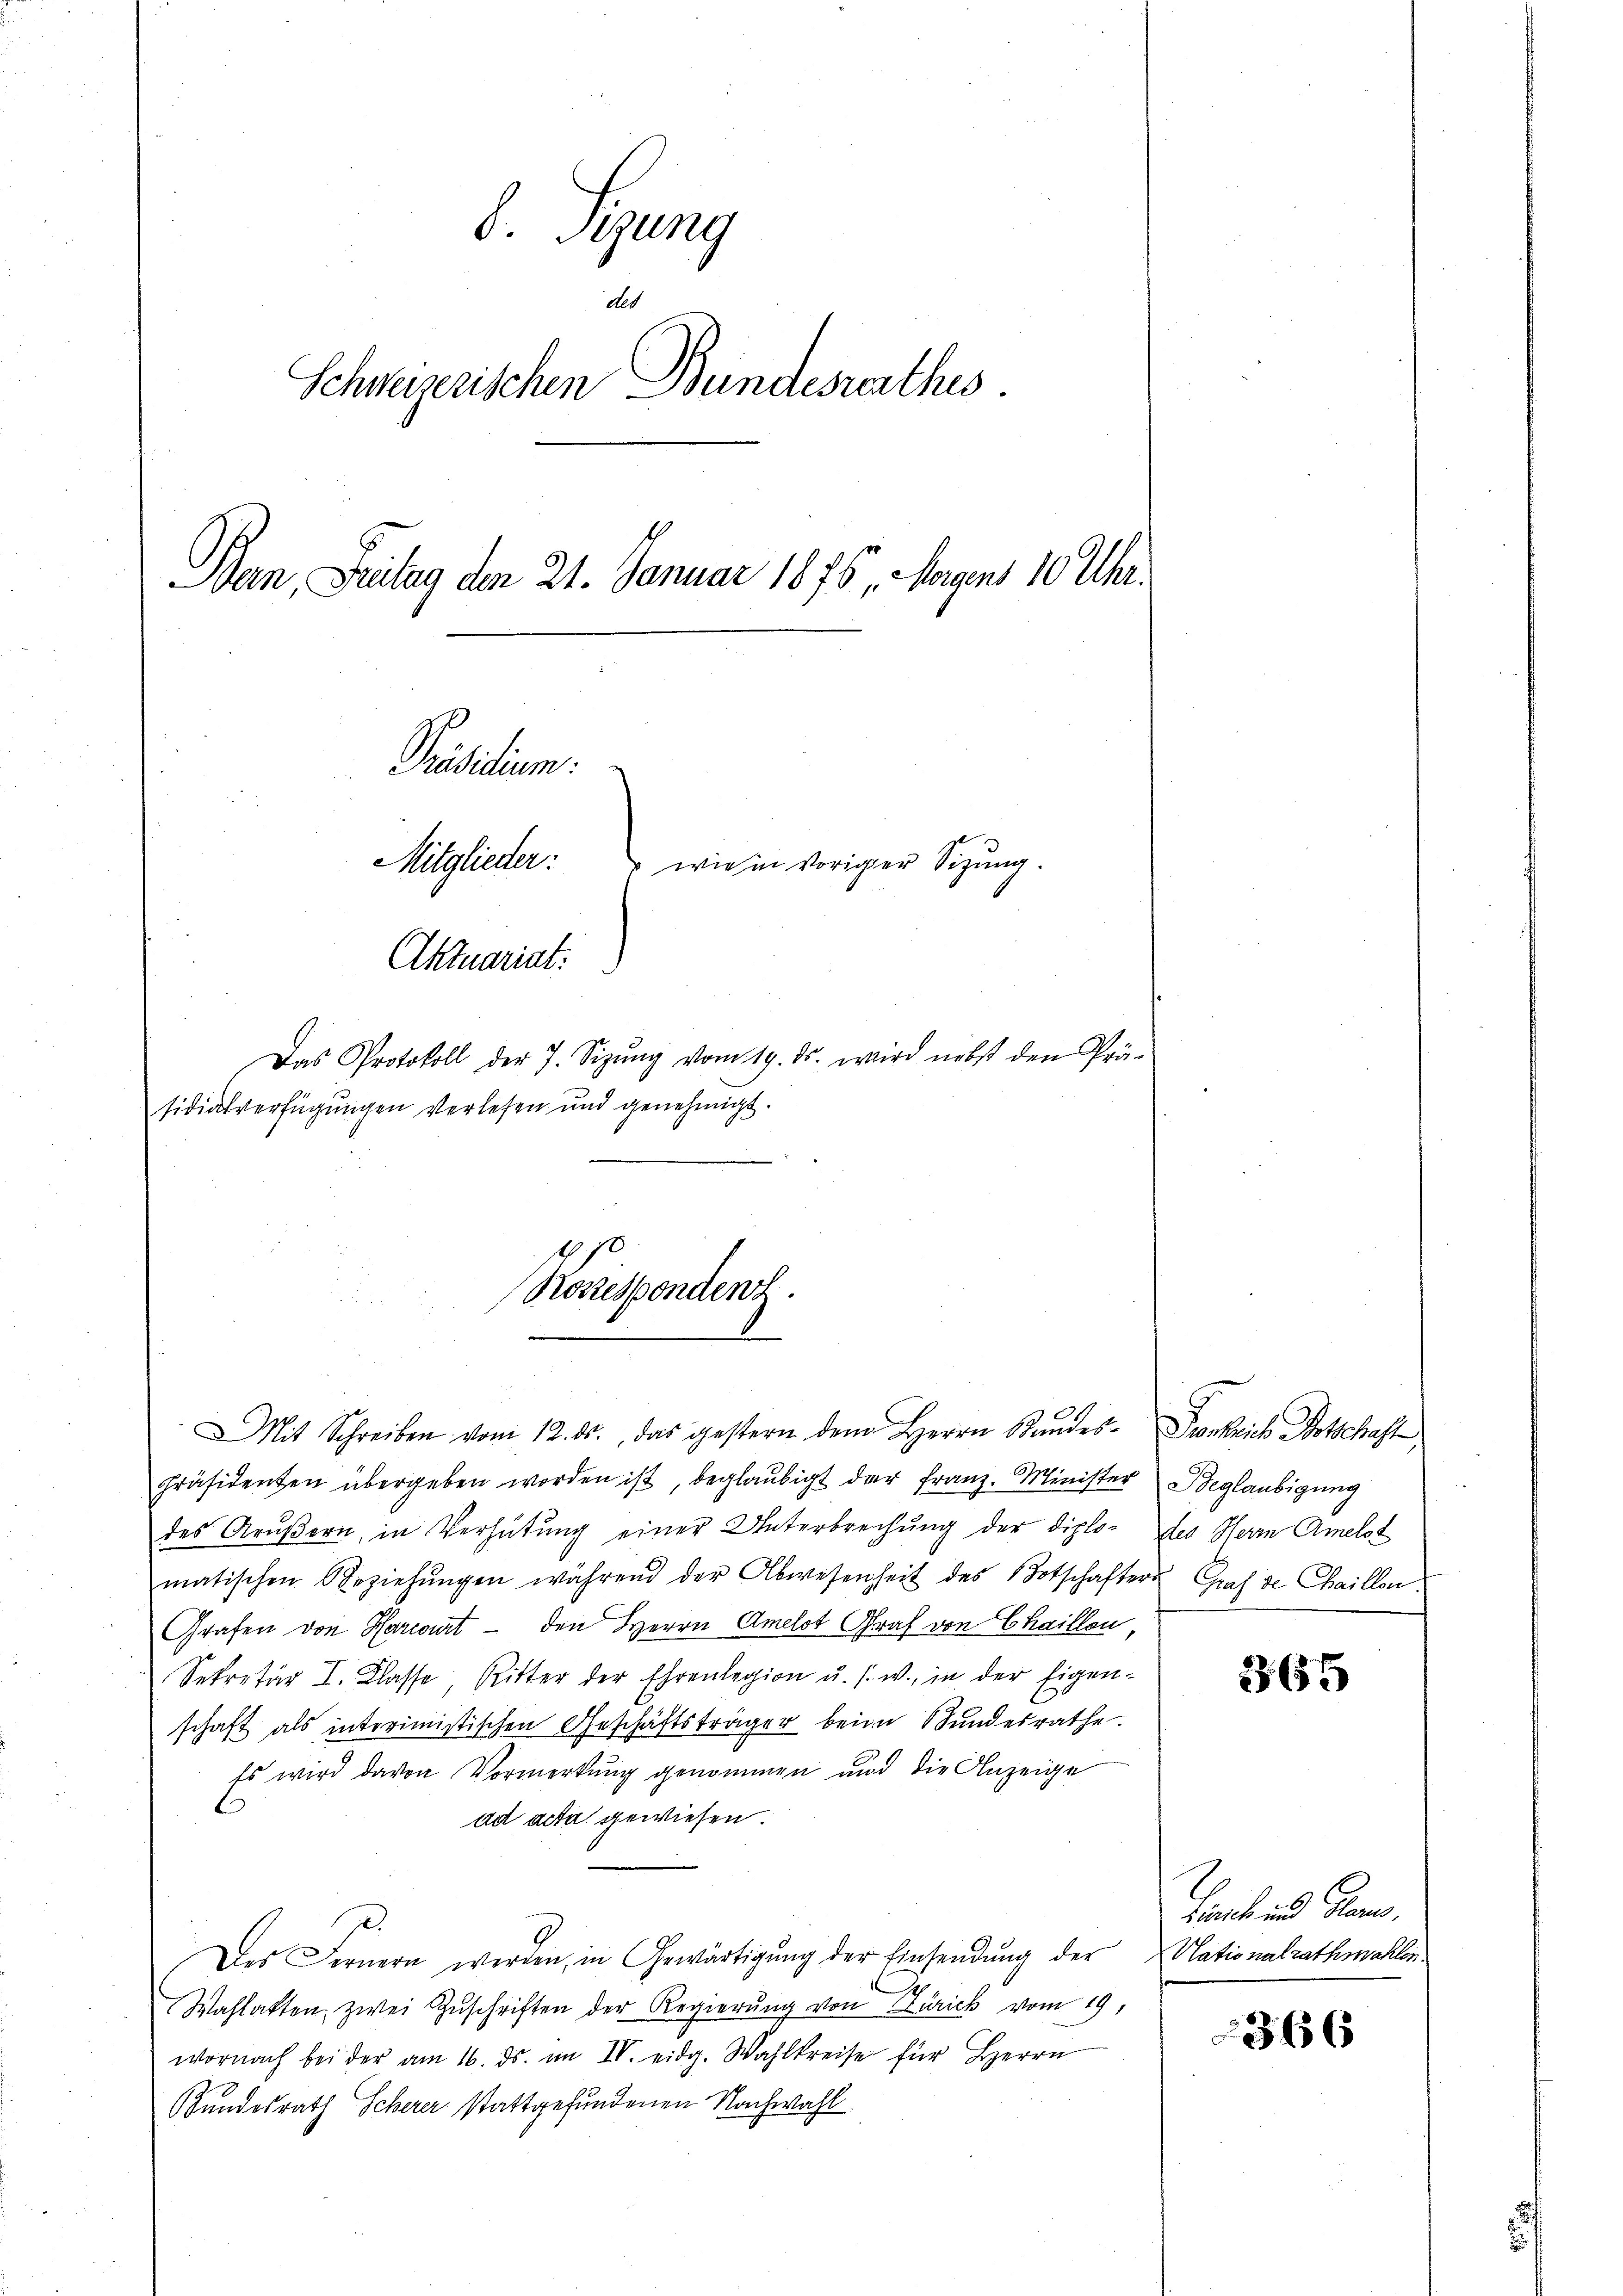
S. Speng
des
Schweizerischen Bundesrathes.
Ban, Fritag den 21. Januar 1876, Magens 10 Uhr.
Präsidium.
Mitglieder:
 wie in voriger Sitzung.
Aktuariat:
Das Protokoll der 7. Sizŭng vom 19. ds. wird nebst den Prä-
sidialverfügungen verlesen und genehmigt.

870
Rossespondenz.

Mit Schreiben vom 12. ds., das gestern dem Herrn Standes-Denkrich Botschaft,
Präsidenten übergeben worden ist, beglaubigt der Franz. Minister Beglaubigung
des Arŭβern, in Verhütung einer Unterbrechŭng der diplo- des Herr Amelst
matischen Beziehŭngen während der Abwesenheit des Botschafters
Grafen von Harcourt — den Herrn Amelot Graf von Chaillon
Sekretär I. Klasse, Ritter der Ehrenlegion u. s. w., in der Eigen-
schaft als interimistischen Geschäftsträger beim SSŭndesrathe.
Es wird davon Vormerkung genommen und die Anzeige
ad acta gewiesen.
Der Fernern werden, in Gewärtigŭng der Einsendung der Plationalrathmahlent
Wahlakten zwei Zŭschriften der Regierŭng von Zürick vom 19.
wornach bei der am 16. ds. im IV. eidg. Wahlkreise für Herrn
undesrath Scherer stattgefundenen Nachwahl

Gruf de Chaillen.

23655

Haeck und dann,

366